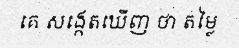
គេ សង្កេតឃើញ ថា តម្លៃ